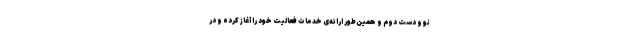
نو و دست دوم و همین‌طور ارائه‌ی خدمات فعالیت خود را آغاز کرده و در